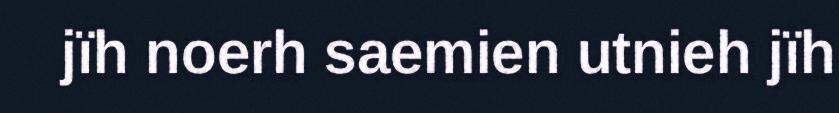
jïh noerh saemien utnieh jïh